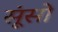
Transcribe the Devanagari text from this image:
सूंसो